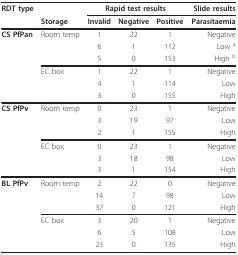
| RDT type |  | <COLSPAN=3> Rapid test results | Slide results |
 |  | Storage | Invalid | Negative | Positive | Parasitaemia |
 | --- | --- | --- | --- | --- | --- |
 | CS PfPan | Room temp | 1 | 22 | 1 | Negative |
 |  |  | 6 | 1 | 112 | Low a |
 |  |  | 5 | 0 | 153 | High b |
 |  | EC box | 1 | 22 | 1 | Negative |
 |  |  | 4 | 1 | 114 | Low |
 |  |  | 3 | 0 | 155 | High |
 | CS PfPv | Room temp | 0 | 23 | 1 | Negative |
 |  |  | 3 | 19 | 97 | Low |
 |  |  | 2 | 1 | 155 | High |
 |  | EC box | 0 | 23 | 1 | Negative |
 |  |  | 3 | 18 | 98 | Low |
 |  |  | 3 | 1 | 154 | High |
 | BL PfPv | Room temp | 2 | 22 | 0 | Negative |
 |  |  | 14 | 7 | 98 | Low |
 |  |  | 37 | 0 | 121 | High |
 |  | EC box | 3 | 20 | 1 | Negative |
 |  |  | 6 | 5 | 108 | Low |
 |  |  | 23 | 0 | 135 | High |